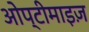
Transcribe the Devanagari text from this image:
ओप्टीमाइज़